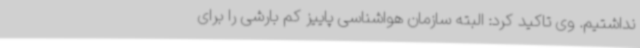
نداشتیم. وی تاکید کرد: البته سازمان هواشناسی پاییز کم بارشی را برای